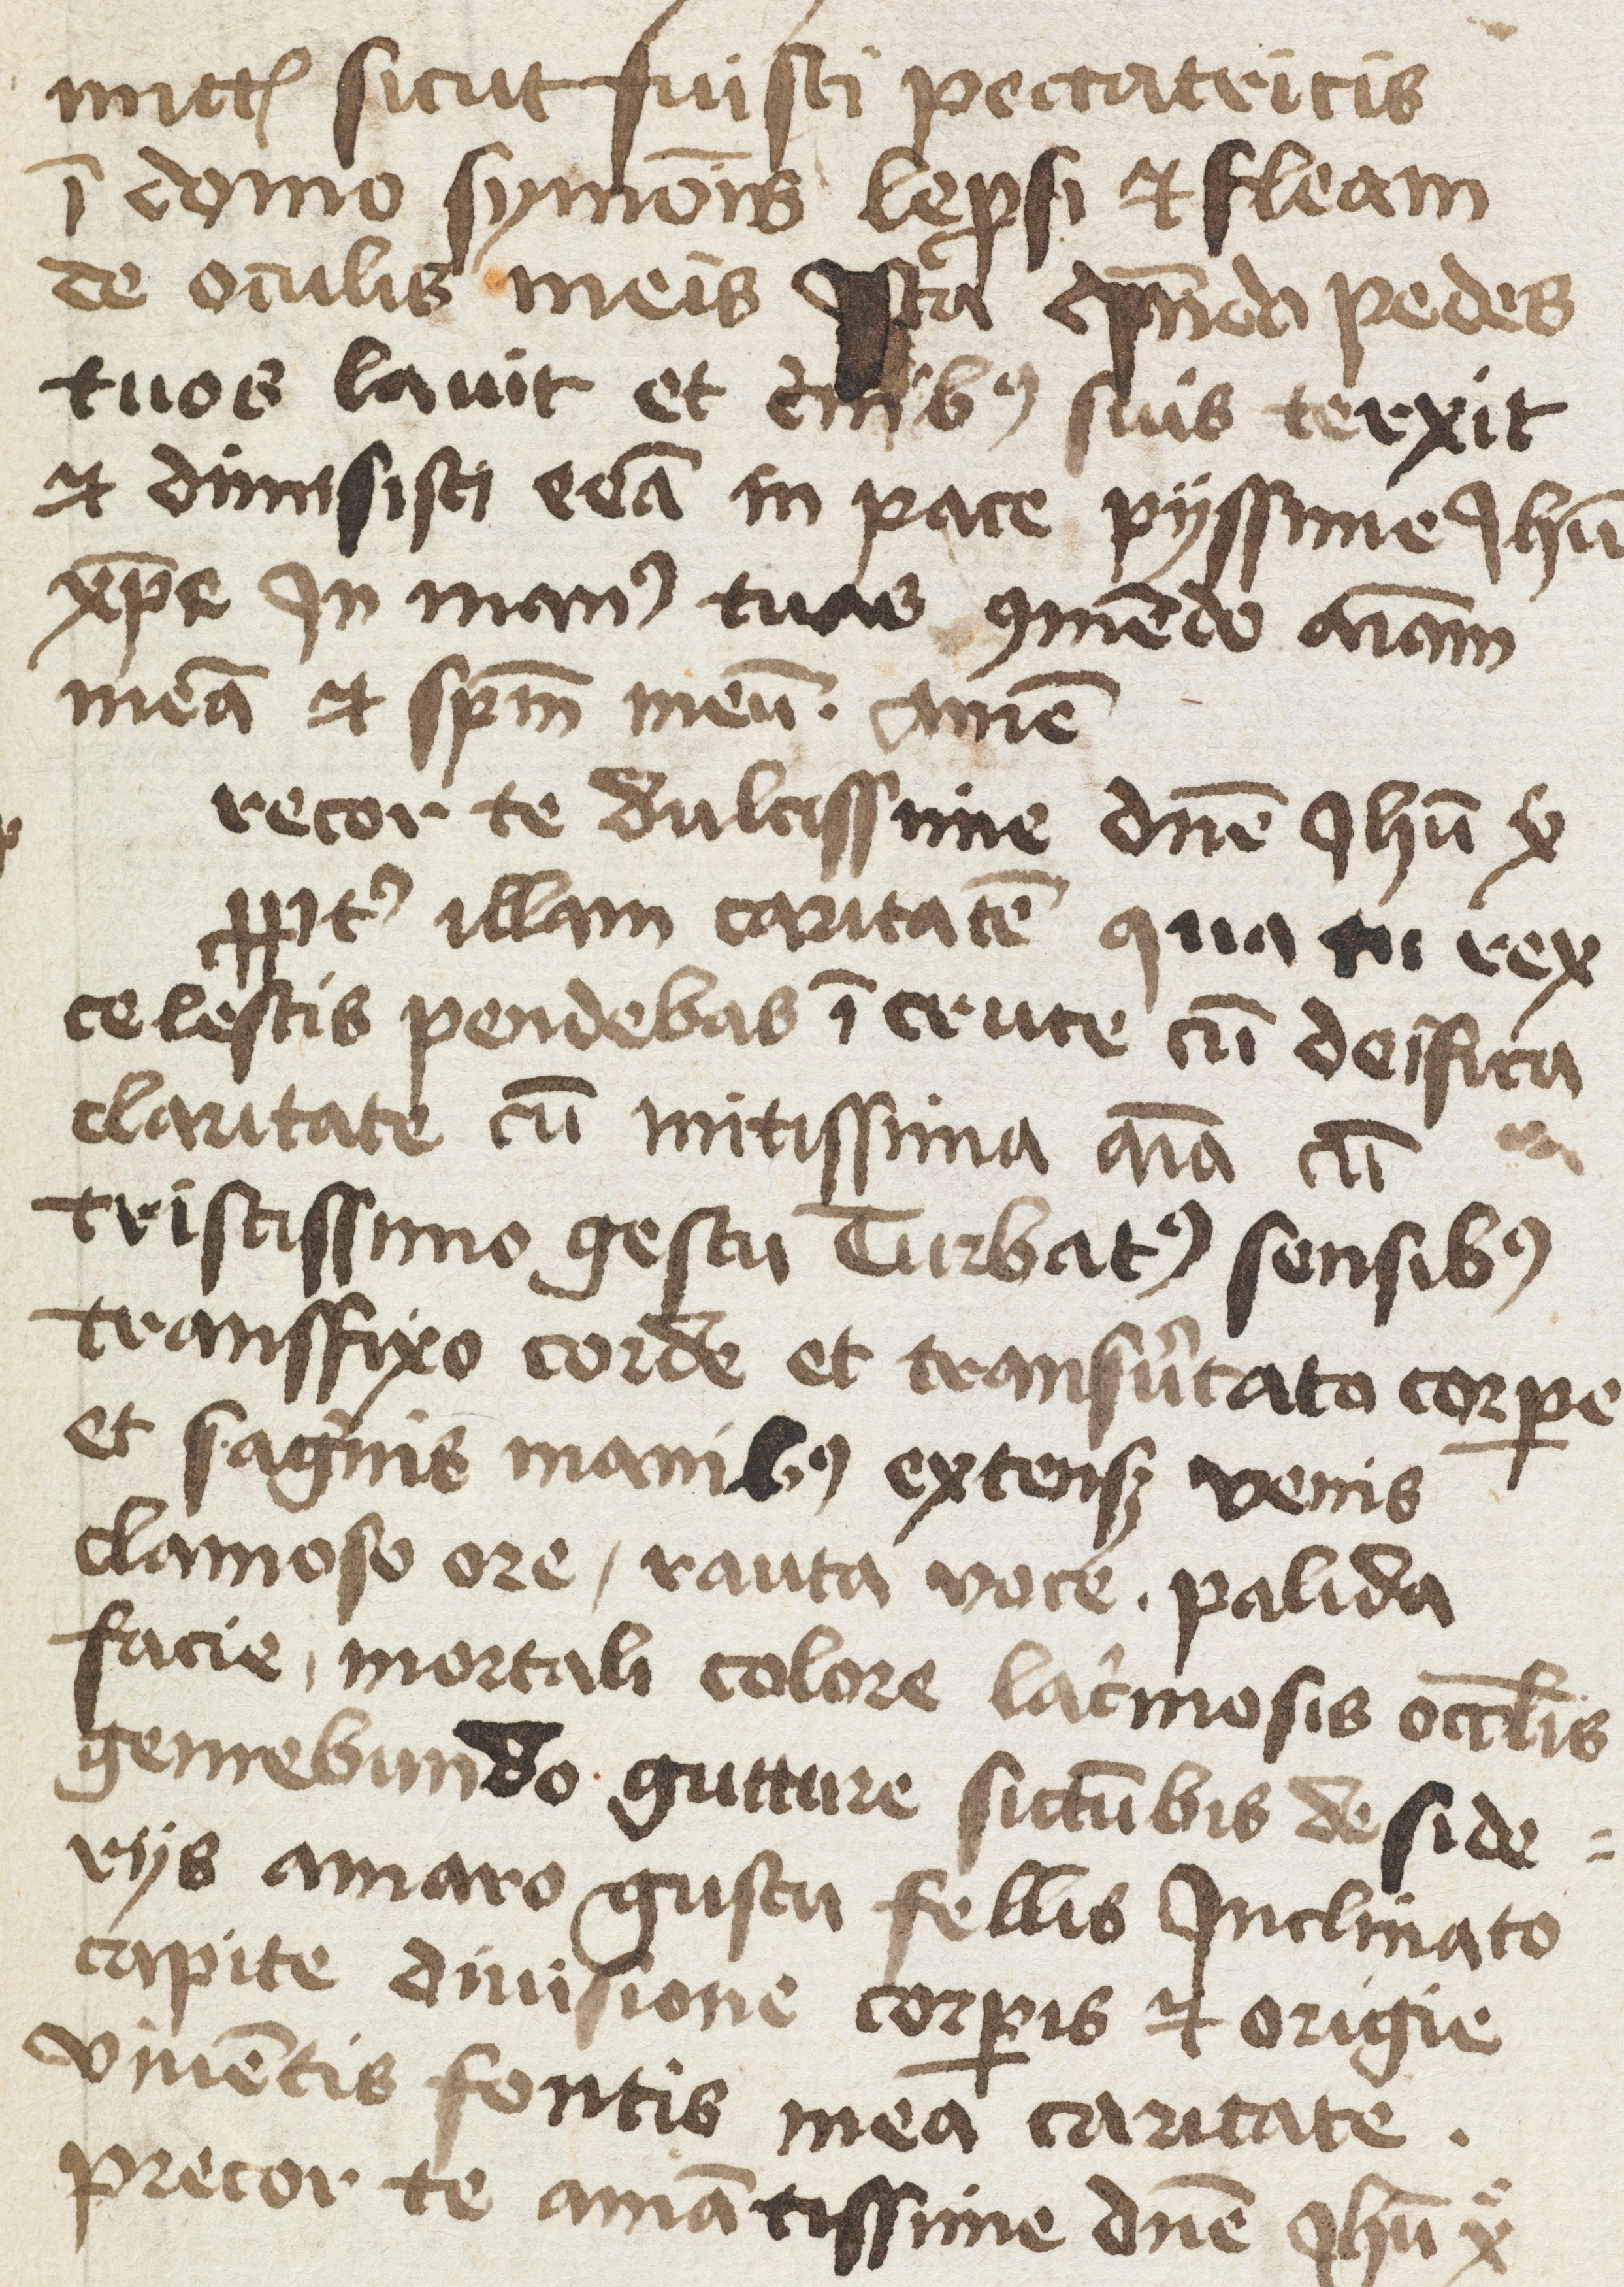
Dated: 1475–1499